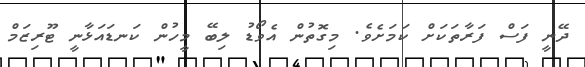
ދޭނީ ފަސް ފަރާތަކަށް ކަމަށެވެ. މިގޮތުން އެވޯޑު ލިބޭ މީހުން ކަނޑައަޅާނީ ޓޫރިޒަމް